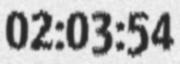
02:03:54